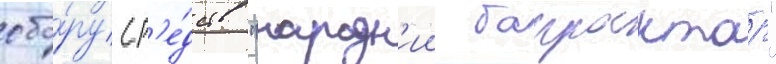
сбо́ру ср'е́дств "народн'ии баирактар"